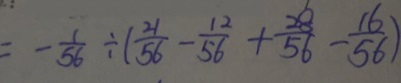
= - \frac { 1 } { 5 6 } \div ( \frac { 2 1 } { 5 6 } - \frac { 1 2 } { 5 6 } + \frac { 2 8 } { 5 6 } - \frac { 1 6 } { 5 6 } )